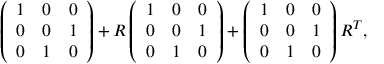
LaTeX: \left( \begin{array} { l l l } { { 1 } } & { { 0 } } & { { 0 } } \\ { { 0 } } & { { 0 } } & { { 1 } } \\ { { 0 } } & { { 1 } } & { { 0 } } \end{array} \right) + R \left( \begin{array} { l l l } { { 1 } } & { { 0 } } & { { 0 } } \\ { { 0 } } & { { 0 } } & { { 1 } } \\ { { 0 } } & { { 1 } } & { { 0 } } \end{array} \right) + \left( \begin{array} { l l l } { { 1 } } & { { 0 } } & { { 0 } } \\ { { 0 } } & { { 0 } } & { { 1 } } \\ { { 0 } } & { { 1 } } & { { 0 } } \end{array} \right) R ^ { T } ,